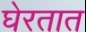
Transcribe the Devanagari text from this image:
घेरतात